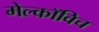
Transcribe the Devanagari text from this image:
मेल्काॅविच